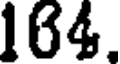
164.